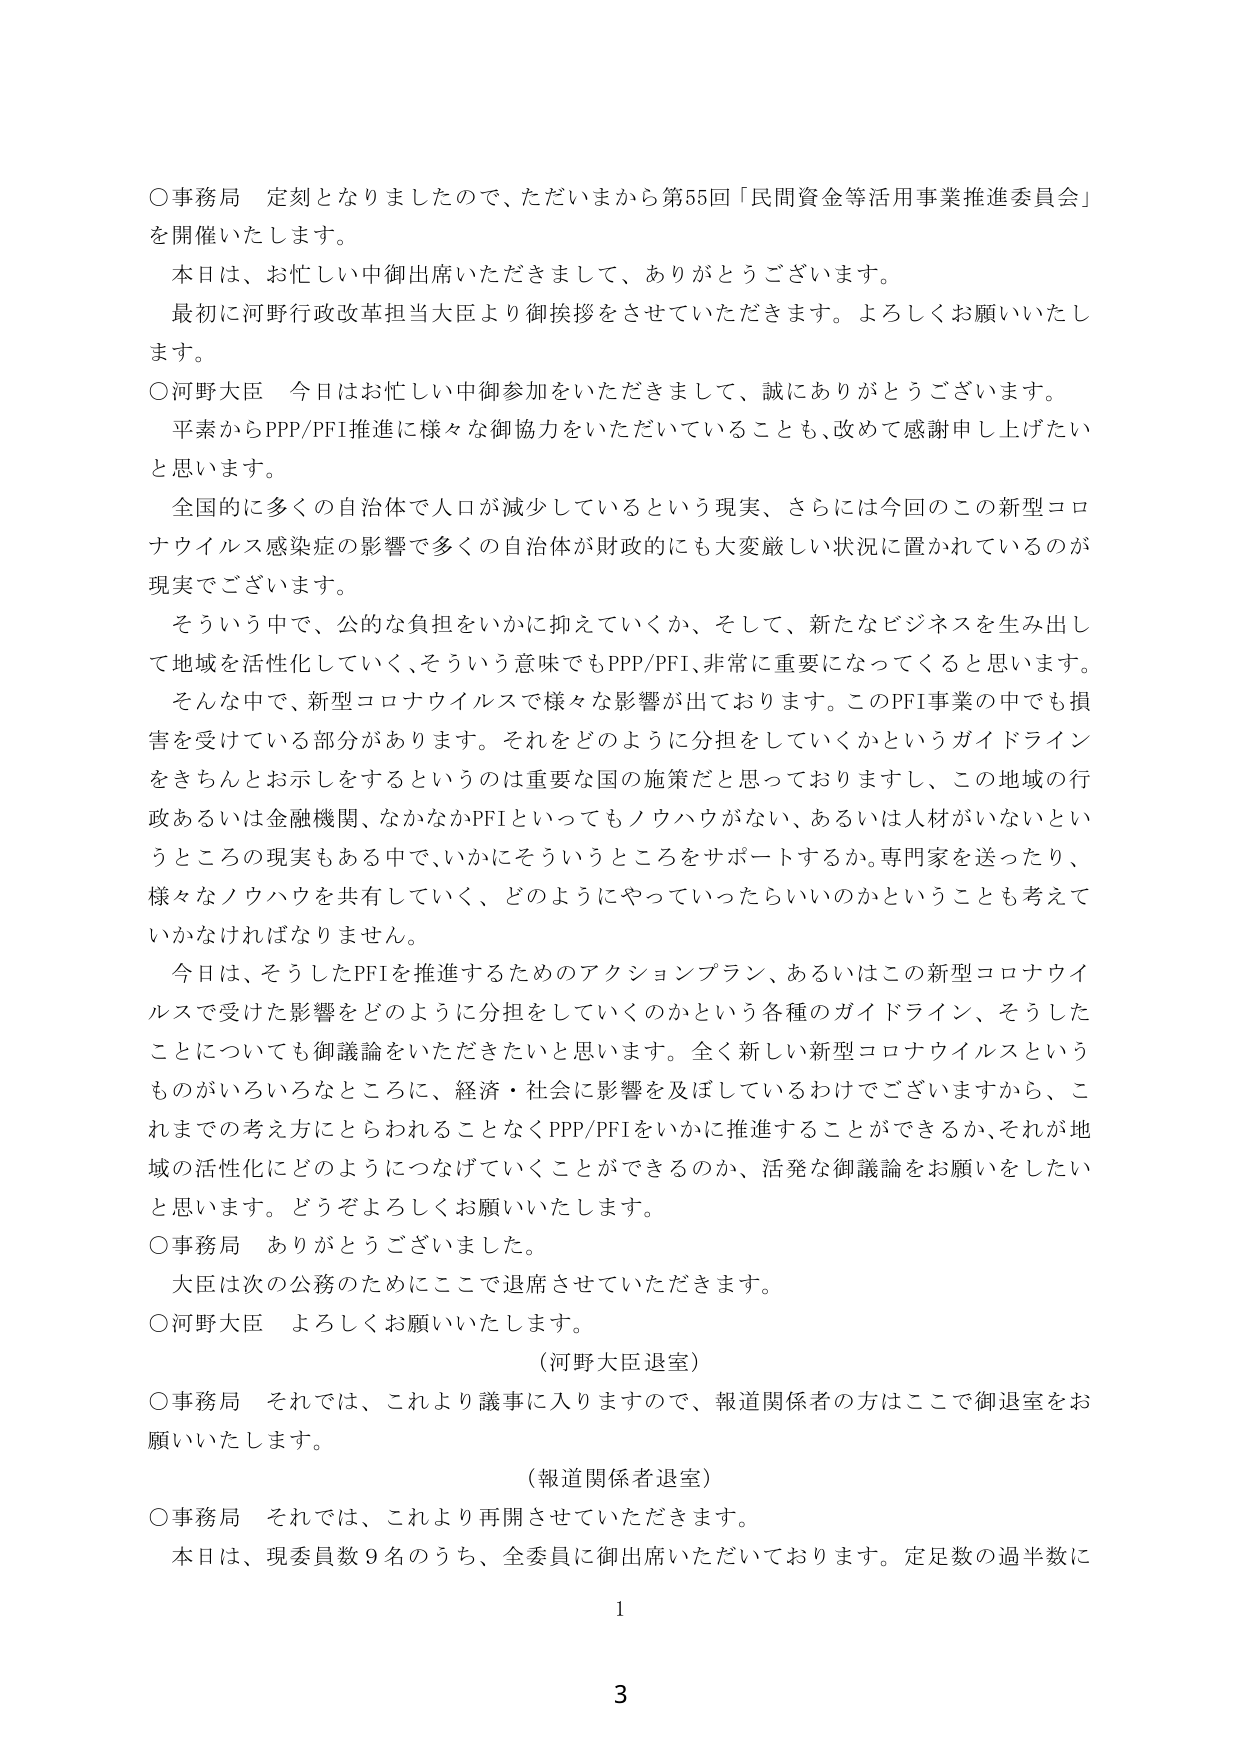
○事務局 定刻となりましたので、ただいまから第55回「民間資金等活用事業推進委員会」を開催いたします。

本日は、お忙しい中御出席いただきまして、ありがとうございます。

最初に河野行政改革担当大臣より御挨拶をさせていただきます。よろしくお願いいたします。

○河野大臣 今日はお忙しい中御参加をいただきまして、誠にありがとうございます。

平素からPPP/PFI推進に様々な御協力をいただいていることも、改めて感謝申し上げたいと思います。

全国的に多くの自治体で人口が減少しているという現実、さらには今回のこの新型コロナウイルス感染症の影響で多くの自治体が財政的にも大変厳しい状況に置かれているのが現実でございます。

そういう中で、公的な負担をいかに抑えていくか、そして、新たなビジネスを生み出して地域を活性化していく、そういう意味でもPPP/PFI、非常に重要になってくると思います。

そんな中で、新型コロナウイルスで様々な影響が出ております。このPFI事業の中でも損害を受けている部分があります。それをどのように分担をしていくかというガイドラインをきちんとお示しをするというのは重要な国の施策だと思っておりますし、この地域の行政あるいは金融機関、なかなかPFIといってもノウハウがない、あるいは人材がいないというところの現実もある中で、いかにそういうところをサポートするか。専門家を送ったり、様々なノウハウを共有していく、どのようにやっていったらいいのかということも考えていかなければなりません。

今日は、そうしたPFIを推進するためのアクションプラン、あるいはこの新型コロナウイルスで受けた影響をどのように分担していくのかという各種のガイドライン、そうしたことについても御議論をいただきたいと思います。全く新しい新型コロナウイルスというものがいろいろなところに、経済・社会に影響を及ぼしているわけでございますから、これまでの考え方とにらわることなくPPP/PFIをいかに推進することができるか、それが地域の活性化にどのようにつなげていくことができるのか、活発な御議論をお願いをしたいと思います。どうぞよろしくお願いいたします。

○事務局 ありがとうございました。

大臣は次の公務のためにここで退席させていただきます。

○河野大臣 よろしくお願いいたします。

（河野大臣退室）

○事務局 それでは、これより議事に入りますので、報道関係者の方はここで御退室をお願いいたします。

（報道関係者退室）

○事務局 それでは、これより再開させていただきます。

本日は、現委員数9名のうち、全委員に御出席いただいております。定足数の過半数に

1

3